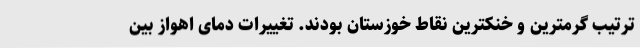
ترتیب گرمترین و خنکترین نقاط خوزستان بودند. تغییرات دمای اهواز بین